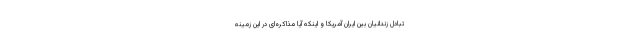
تبادل زندانیان بین ایران آمریکا و اینکه آیا مذاکره‌ای در این زمینه